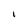
Character: I